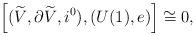
LaTeX: \begin{align*}\left[ (\widetilde{V}, \partial\widetilde{V}, i^0), (U(1), e)\right]\cong 0,\end{align*}